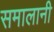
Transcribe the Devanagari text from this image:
समालानी